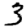
Digit: 3